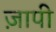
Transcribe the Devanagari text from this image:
ज़ापी